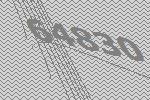
64830